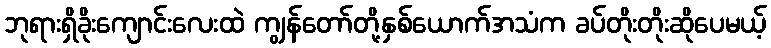
ဘုရားရှိခိုးကျောင်းလေးထဲ ကျွန်တော်တို့နှစ်ယောက်အသံက ခပ်တိုးတိုးဆိုပေမယ့်